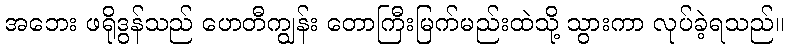
အဘေး ဖရိုဒွန်သည် ဟေတီကျွန်း တောကြီးမြက်မည်းထဲသို့ သွားကာ လုပ်ခဲ့ရသည်။